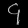
Digit: ၄